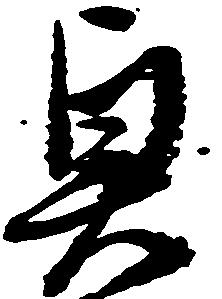
興